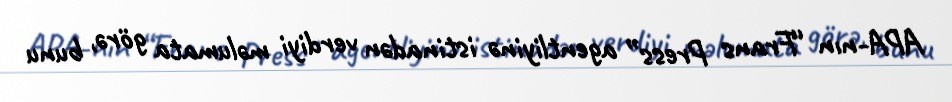
APA-nın “Frans Press” agentliyinə istinadən verdiyi məlumata görə, bunu